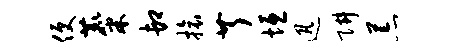
便麋卸旅芹垣迅阱荒